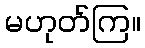
မဟုတ်ကြ။